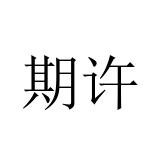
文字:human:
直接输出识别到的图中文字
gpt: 期许